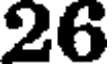
26